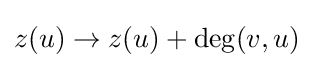
z(u)\rightarrow z(u)+\deg(v,u)